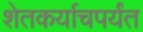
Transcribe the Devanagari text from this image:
शेतकर्याचपर्यंत